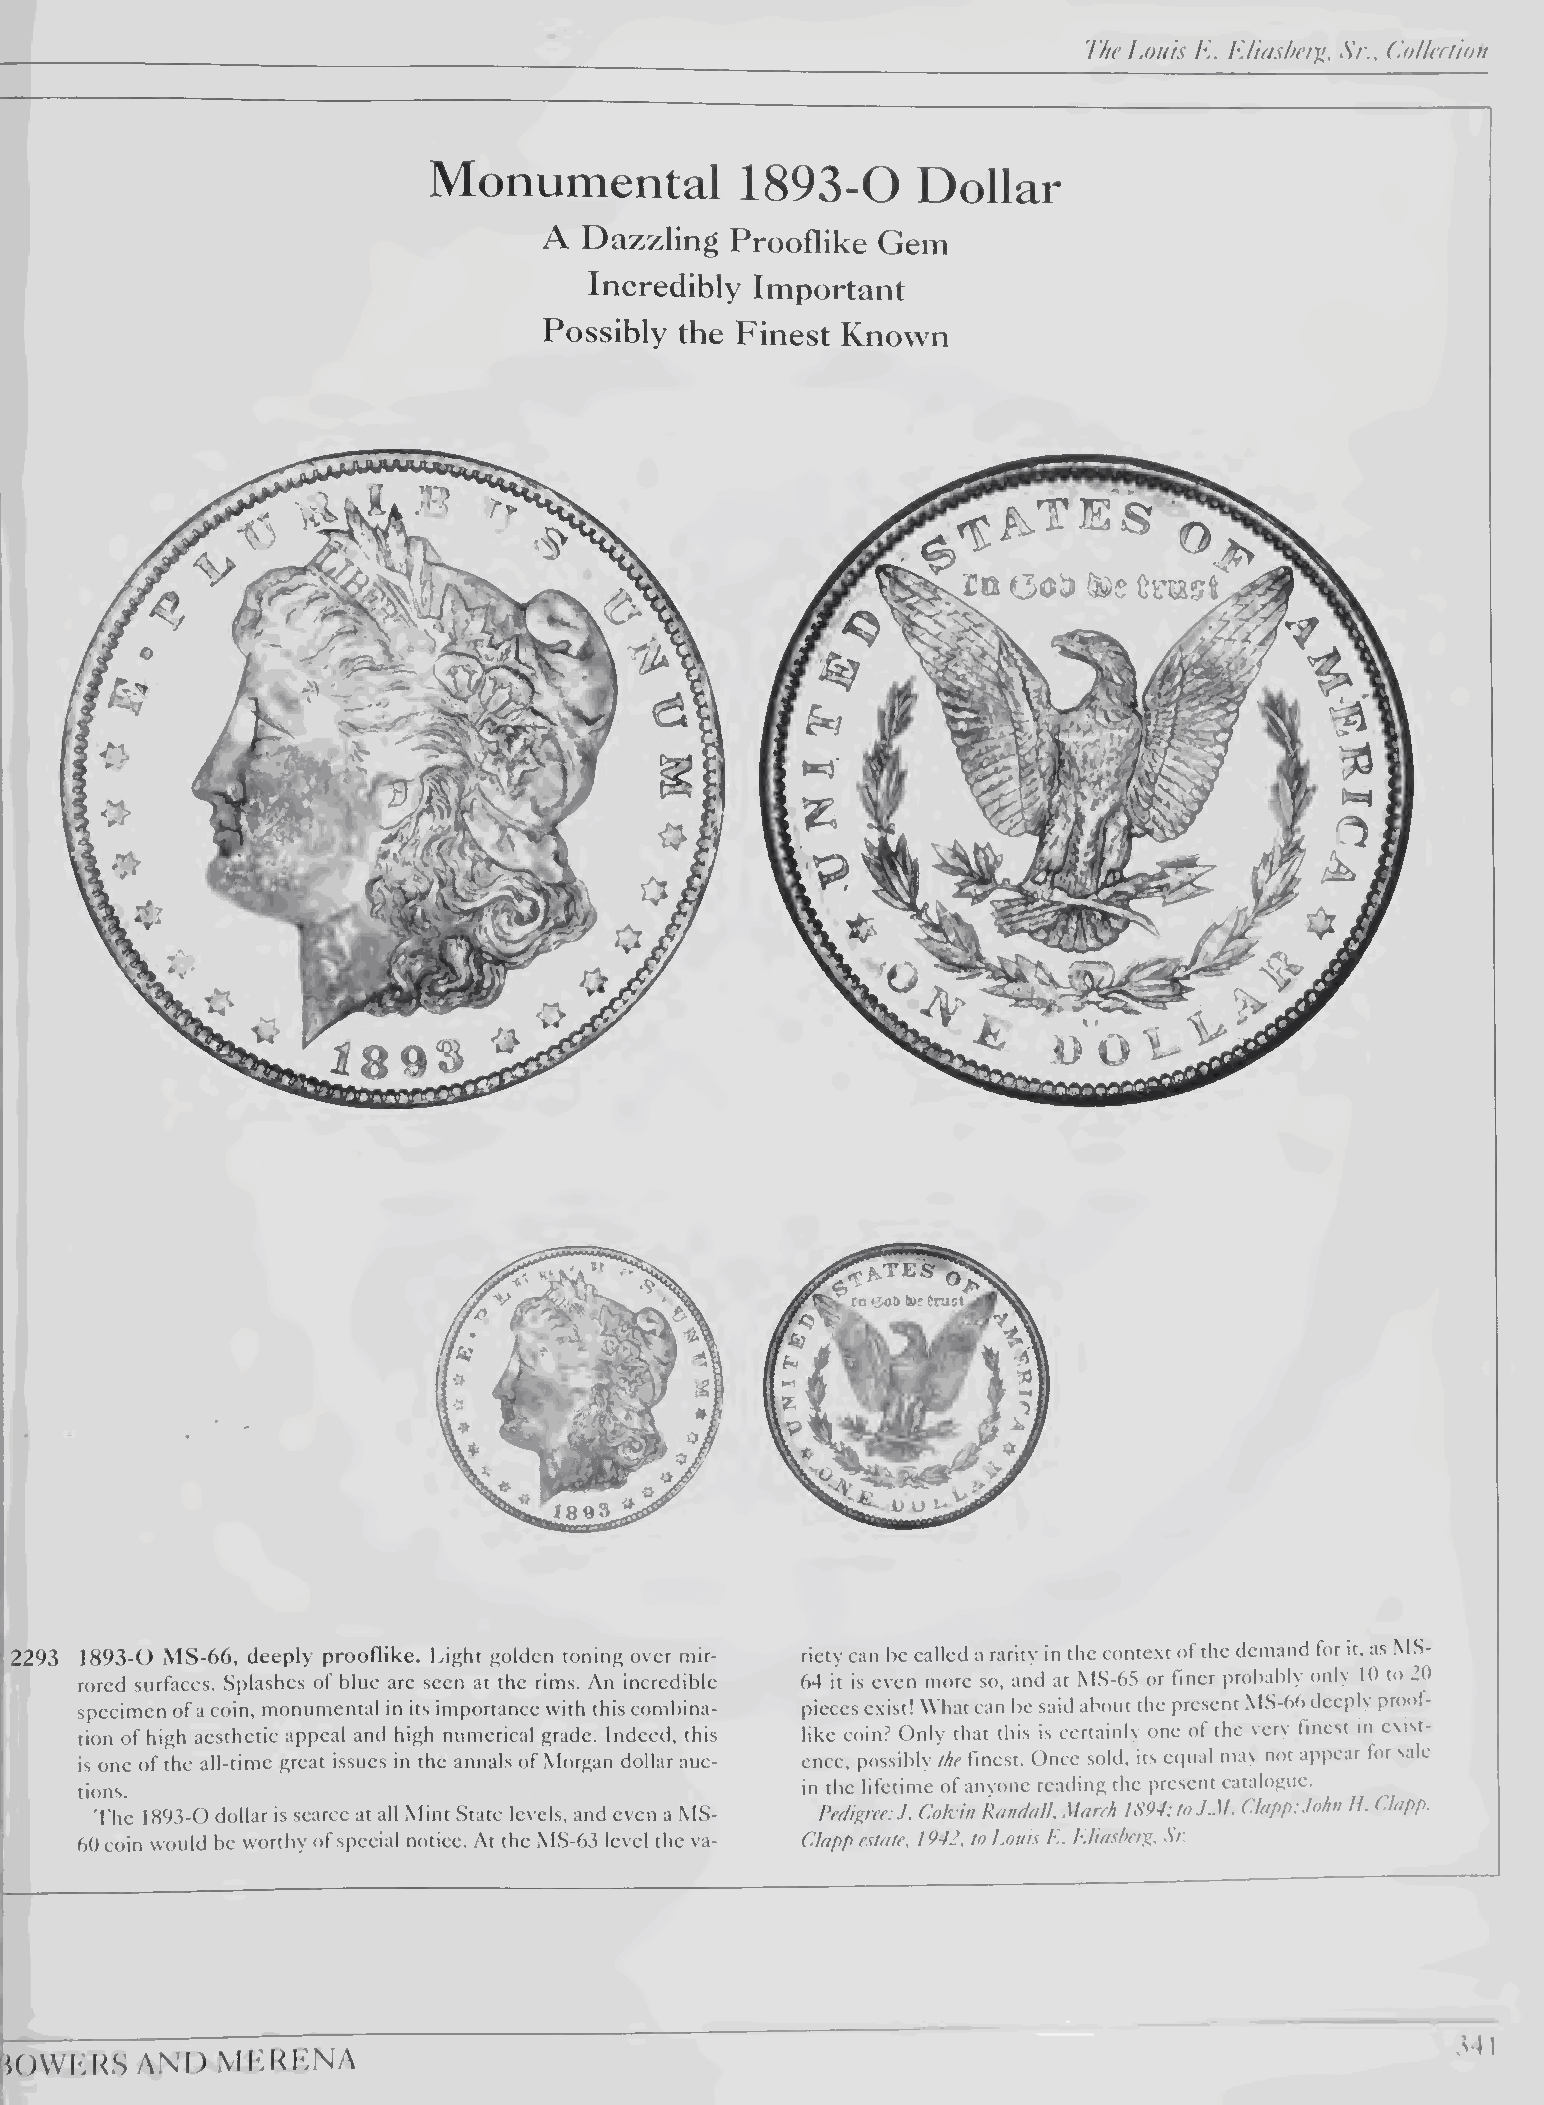
The Louis L. h.liasheqi,, Sr., ('.ollection
 Monumental          1893-0      Dollar
 A  Dazzling Prooflike Gem
 Incredibly Important
 Possibly the Finest Known
 2293 1893-0 MS-66, deeply prooflike. Light golden toning over mir¬ riety can be called a rarity in the context of the demand for it, as MS-
 rored surfaces. Splashes of blue are seen at the rims. An incredible 64 it is even more so, and at M,S-6.S or finer probably only 10 to 20
 specimen of a coin, monumental in its importance with this combina¬ pieces exist! What can be said about the present M.S-66 deeply proof¬
 tion of high aesthetic appeal and high numerical grade. Indeed, this like coin.^ Only that this is certainly one of the very finest m exist¬
 is one of the all-time great issues in the annals of Morgan dollar auc¬ ence, possibly the finest. Once sold, its equal may not appear for sale
 in the lifetime of anvonc reading the present catalogue.
 tions.
 The 1893-0 dollar is scarce at all Mint State levels, and even a M.S- Pedigree: J. Colvin Randall, March IS04: to J.M. Clapp: John II. Clapp.
 60 coin would be worthy of special notice. At the MS-63 level the va¬ Clapp estate, 1942, to Louis E. E.Hashetg, Sr
 341
 JOWKKS   AND  MKKKNA